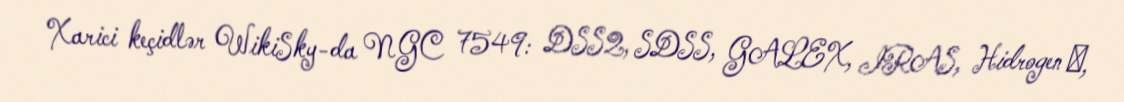
Xarici keçidlər WikiSky-da NGC 7549: DSS2, SDSS, GALEX, IRAS, Hidrogen α,